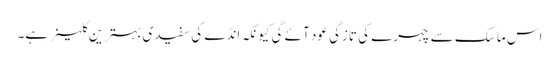
اس ماسک سے چہرے کی تازگی عود آئے گی کیونکہ انڈے کی سفیدی بہترین کلینر ہے۔